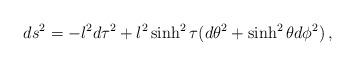
LaTeX: \begin{align*}ds^2 = -l^2d\tau^2 + l^2\sinh^2\tau (d\theta^2 + \sinh^2\theta d\phi^2)\,, \end{align*}